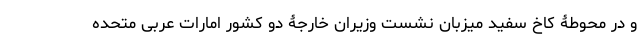
و در محوطۀ کاخ سفید میزبان نشست وزیران خارجۀ دو کشور امارات عربی متحده